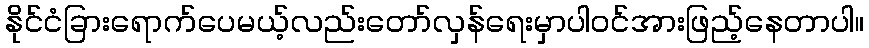
နိုင်ငံခြားရောက်ပေမယ့်လည်းတော်လှန်ရေးမှာပါဝင်အားဖြည့်နေတာပါ။